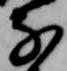
な